Vital statistics of India. Vol. IV, Annual returns from 1871 to 1876. British Army of India, Native Army and jails of Bengal
Year: 1871
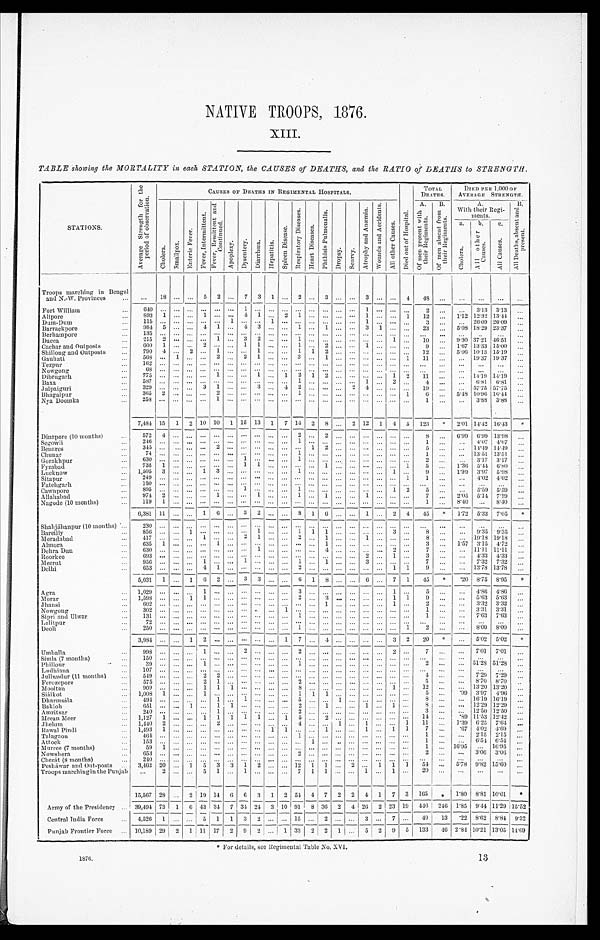
N A T I V E T R O O P S , 1 8 7 6 .
X I I I .
TABLE showing the MORTALITY in each STATION, the CAUSES of DEATHS, and the RATIO of DEATHS to STRENGTH.
STATIONS .
A v e r a g e S t r e n g t h f o r t h e
p e r i o d o f o b s e r v a t i o n .
CAUSES OF DEATHS IN REGIMENTAL HOSPITALS.
D i e d o u t o f H o s p i t a l .
TOTAL
DEATHS. D I E D P E R 1 , 0 0 0O
F
A V E R A G E S T R E N G T H .
C h o l e r a . S m a l l p o x .
E n t e r i c F e v e r .
F e v e r , I n t e r m i t t e n t .
F e v e r , R e m i t t e n t a n d
C o n t i n u e d .
A p o p l e x y . D y s e n t e r y . D i a r r h œ a . H e p a t i t i s .
S p l e e n D i s e a s e .
R e s p i r a t o r y D i s e a s e s .
H e a r t D i s e a s e s .
P h t h i s i s P u l m o n a l i s .
D r o p s y . S c u r v y .
A t r o p h y a n d A n æ m i a . W o u n d s a n d A c c i d e n t s .
A l l o t h e r C a u s e s .
A. O f m e n p r e s e n t w i t h
t h i e r R e g i m e n t s .
B .
O f m e n a b s e n t f r o m
t h e i r R e g i m e n t s .
A .
With their Regi-
m e n t s .
B .
A l l D e a t h s , a b s e n t a n d
p r e s e n t .
a .
C h o l e r a . b .
A l l o t h e r
C a u s e s . c .
A l l C a u s e s .
Troops marching in Bengal
and N. -W. Provi nces
1 8
5 2
7 3 1
2
3
3
4
4 8
Fort William
6 4 0
1
1
2
3.13 3.13
Alipore
893 1
1
4 1
2 1
1
1 12
1.12 12.32 13.44
Dum-Dum
1 1 5
1
1
1
3
26.09 26.09
Barrackpore
984 5
4 1
4 3
1
1
3 1
23
5.08 18.29 23.37
Berhampore
135
Dacca
2 1 5 2
1
3 2
1
1
10
9.30 37.21 46.51
Cachar and Outposts
6 0 0 1
2
1 1
1
2
1
9
1.67 13.33 15.00
Shillong and Outposts
7 9 0 4
2
1
1
1 1 2
12
5.06 10.13 15.19
Gauhati
568
1
2
2 1
3
1
1 11
19.37 19.37
Tezpur
162
Nowgong
6 8
Dibrugarh
775
1
1
1 2 1 2
1 2 11
14.19 14.19
Baxa
5 8 7
1
1
2
4
6.81 6.81
Jalpaiguri
329
3 1
3
4 2
2 4
19
57.75 57.75
Bhagalpur
3 6 5 2
2
1
1 6
5.48 10.96
1 6 . 4 4
Nya Doomka
2 5 8
1
1
3.83 3.88
7,484 15 1 2 10 10 1 15 13 1 7 14 2 8
2 12 1 4 5 123 * 2.01 14.42 16.43 *
Dinapore (10 months)
572 4
2
2
8
6. 99 6.99 13.98
Segowli
2 4 6
1
1
4.07 4.07
Benares
3 4 5
2
1 2
5
14.49 14.49
Chunar
7 4
1
1
13.51 13.51
Gorakhpur
6 3 0
1
1
2
3.17 3.17
Fyzabad
7 3 5 1
1 1
1
1 5
1.36 5.44 6.80
Lucknow
1 , 5 0 5 3
1 3
1
1
9
1.99 3.97 5.98
Sitapur
2 4 9
1 1
4.02 4.02
Fatehgarh
150
Cawnpore
8 9 5
1
1
1 2 5
5.59 5.59
Allahabad
9 7 4 2
1
1
1
1
7
2.05 5.14 7.19
Nagode (10 months)
119 1
1
8.40
8 . 4 0
6,381 11
1 6
3 2
8 1 6
1
2 4 45 * 1.72 5.33 7.05 *
Shahjáhanpur (10 months) 230
B a r e i l l y
8 5 6
1
1
1 1 1
3
8
9.35 9.35
Moradabad
4 1 7
1
2 1
2
1
1
8
19.18 19.18
Almora
6 3 5 1
1
1
3
1.57 3.15 4.72
Dehra Dun
6 3 0
1
4
2
7
11.11 11.11
Roorkee
6 9 3
2
1
3
4.33 4.33
Meerut
9 5 6
1
1
1
1
3
7
7.32 7.32
Delhi
6 5 3
4 1
2
1 1 9
13.78 13.78
5,031 1
1 6 2
3 3
6 1 8
6
7 1 45 * .20 8.75 8.95 *
Agra
1 , 0 2 9
1
3
1
5
4.86 4.86
Mo r a r
1 , 5 9 8
1 1
2
3
1 1 9
5.63 5.63
Jhansi
6 0 2
1
1
2
3.32 3.32
Nowgong
3 0 2
1
1
3.31 3.31
Sipri and Ulwar
1 3 1
1
1
7.63 7.63
Lalitpur
7 2
Deoli
2 5 0
1
1 2
8.00 8.00
3,984
1 2
1 7
4
3 2 20 *
5.02 5.02 *
Umballa
9 9 8
1
2
2
2
7
7.01 7.01
Simla (7 months) 150
Phillour
3 9
1
1
2
51.28 51.28
Ludhiana
107
Jullundur (11 months)
5 4 9
2 2
4
7.29 7.29
Ferozepore
5 7 5
2 1
2
5
8.70 8.70
Mooltan
9 0 9
1 1 1
8
1
12
13.20 13.20
Siálkot
1 , 0 0 8 1
1
1 1 1
5
. 99 3.97
4 . 9 6
Dharmsála
4 9 4
1
1
5
1
8
16.19 16.19
Bakloh
6 5 1
1
1 1
2
1
1
1
8
12.29 12.29
Amritsar
2 4 0
1
2
3
12.50 12.50
Meean Meer
1,127 1
1 1 1 1 1
1 5
2
14
. 89 11.53 12.42
Jhelum
1,440 2
2
4
1
1
1 11
1.39 6.25 7.64
Rawal Pi ndi
1 , 4 9 3 1
1 1
1
1
1 1 7
. 67 4.02 4.69
Talagaon
4 6 4
1
1
2.15 2.15
Attock
1 5 3
1
1
6.54 6.54
Murree (7 months)
5 9 1
1
16.95
16.95
Nowshera
6 5 3
2
2
3.06 3.06
Cherát (8 months) 240
Pesháwar and Out-posts 3,462 20
1 5 3 3 1 2
12 1 1
2
1 1 1 54
5.78 9.82 15.60
Troops marching in the Punjab
2
5 1
1
7 1 1
1
1
2 0
15,567 28
2 19 14 6 6 3 1 2 54 4 7 2 2 4 1 7 3 165 * 1.80 8.81 10.61 *
Army of the Presidency
39,494 73 1 6 43 34 7 34 24 3 10 91 8 36 2 4 26 2 23 19 416 246 1.85 9.44 11.29 1 5 . 5 2
Central India Force
4,526 1
5 1 1 3 2
15
2
3
7
40 13 . 22 8.62 8.84 9 . 3 2
Punjab Frontier Force
10,189 29 2 1 11 17 2 9 2
1 33 2 2 1
5 2 9 5 133 46 2.84 10.21 13.05 1 4 . 6 9
* For details, see Regimental Table No
. X V I .
1876.
13